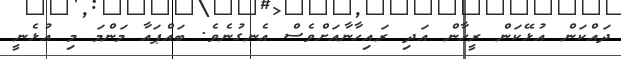
ދައްކަން އުޅޭކަން ރީހާން އަދި ރައިހާނާއަށްވެސް އެނގުނެވެ. ބައްޕައާ މަންމަ މި އުޅެނީ